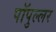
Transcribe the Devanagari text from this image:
पॉपुल्लर